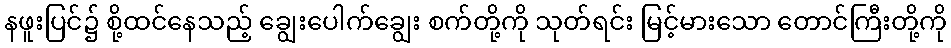
နဖူးပြင်၌ စို့ထင်နေသည့် ချွေးပေါက်ချွေး စက်တို့ကို သုတ်ရင်း မြင့်မားသော တောင်ကြီးတို့ကို